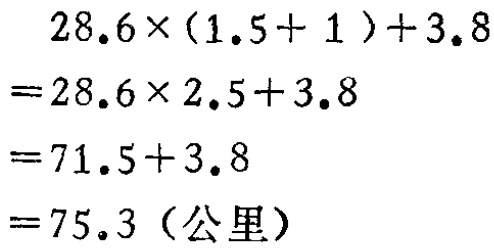
\[
\begin{align*}
&28.6\times(1.5 + 1)+3.8\\
=&28.6\times2.5 + 3.8\\
=&71.5+3.8\\
=&75.3 (\text{公里})
\end{align*}
\]